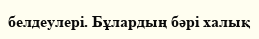
белдеулері. Бұлардың бәрі халық